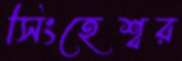
সিংহেশ্বর